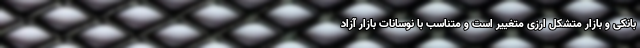
بانکی و بازار متشکل ارزی متغییر است و متناسب با نوسانات بازار آزاد